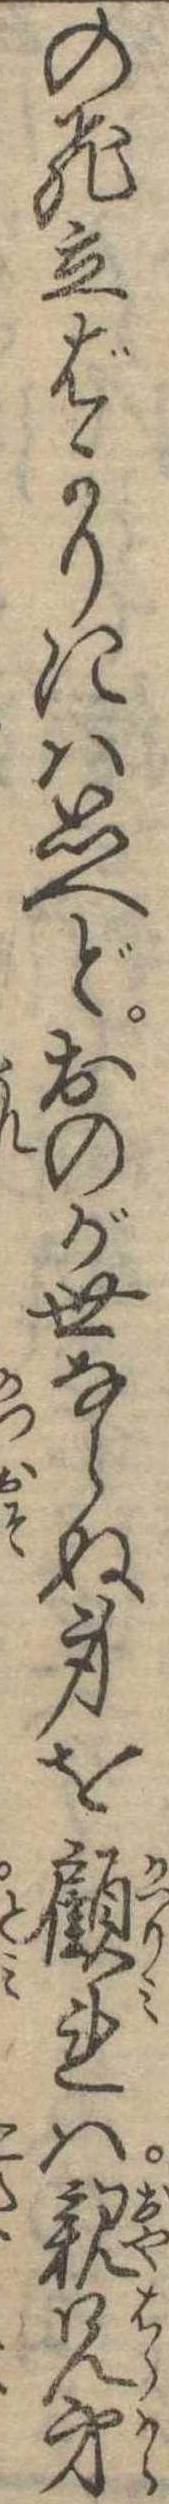
の飛立ばかりには思へどおのが世ならぬ身を顧れは親兄弟